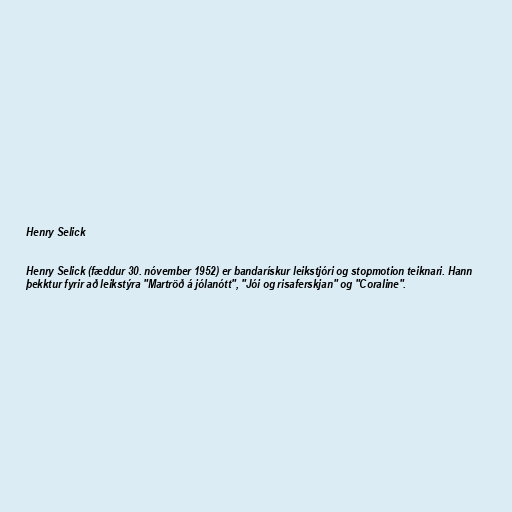
Henry Selick

Henry Selick (fæddur 30. nóvember 1952) er bandarískur leikstjóri og stopmotion teiknari. Hann
þekktur fyrir að leikstýra "Martröð á jólanótt", "Jói og risaferskjan" og "Coraline".